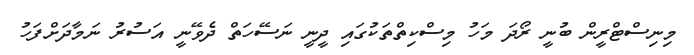
މިނިސްޓްރީން ބުނީ ރޯދަ މަހު މިސްކިތްތަކުގައި ދީނީ ނަސޭހަތް ދެވޭނީ އަސުރު ނަމާދަށްފަހު